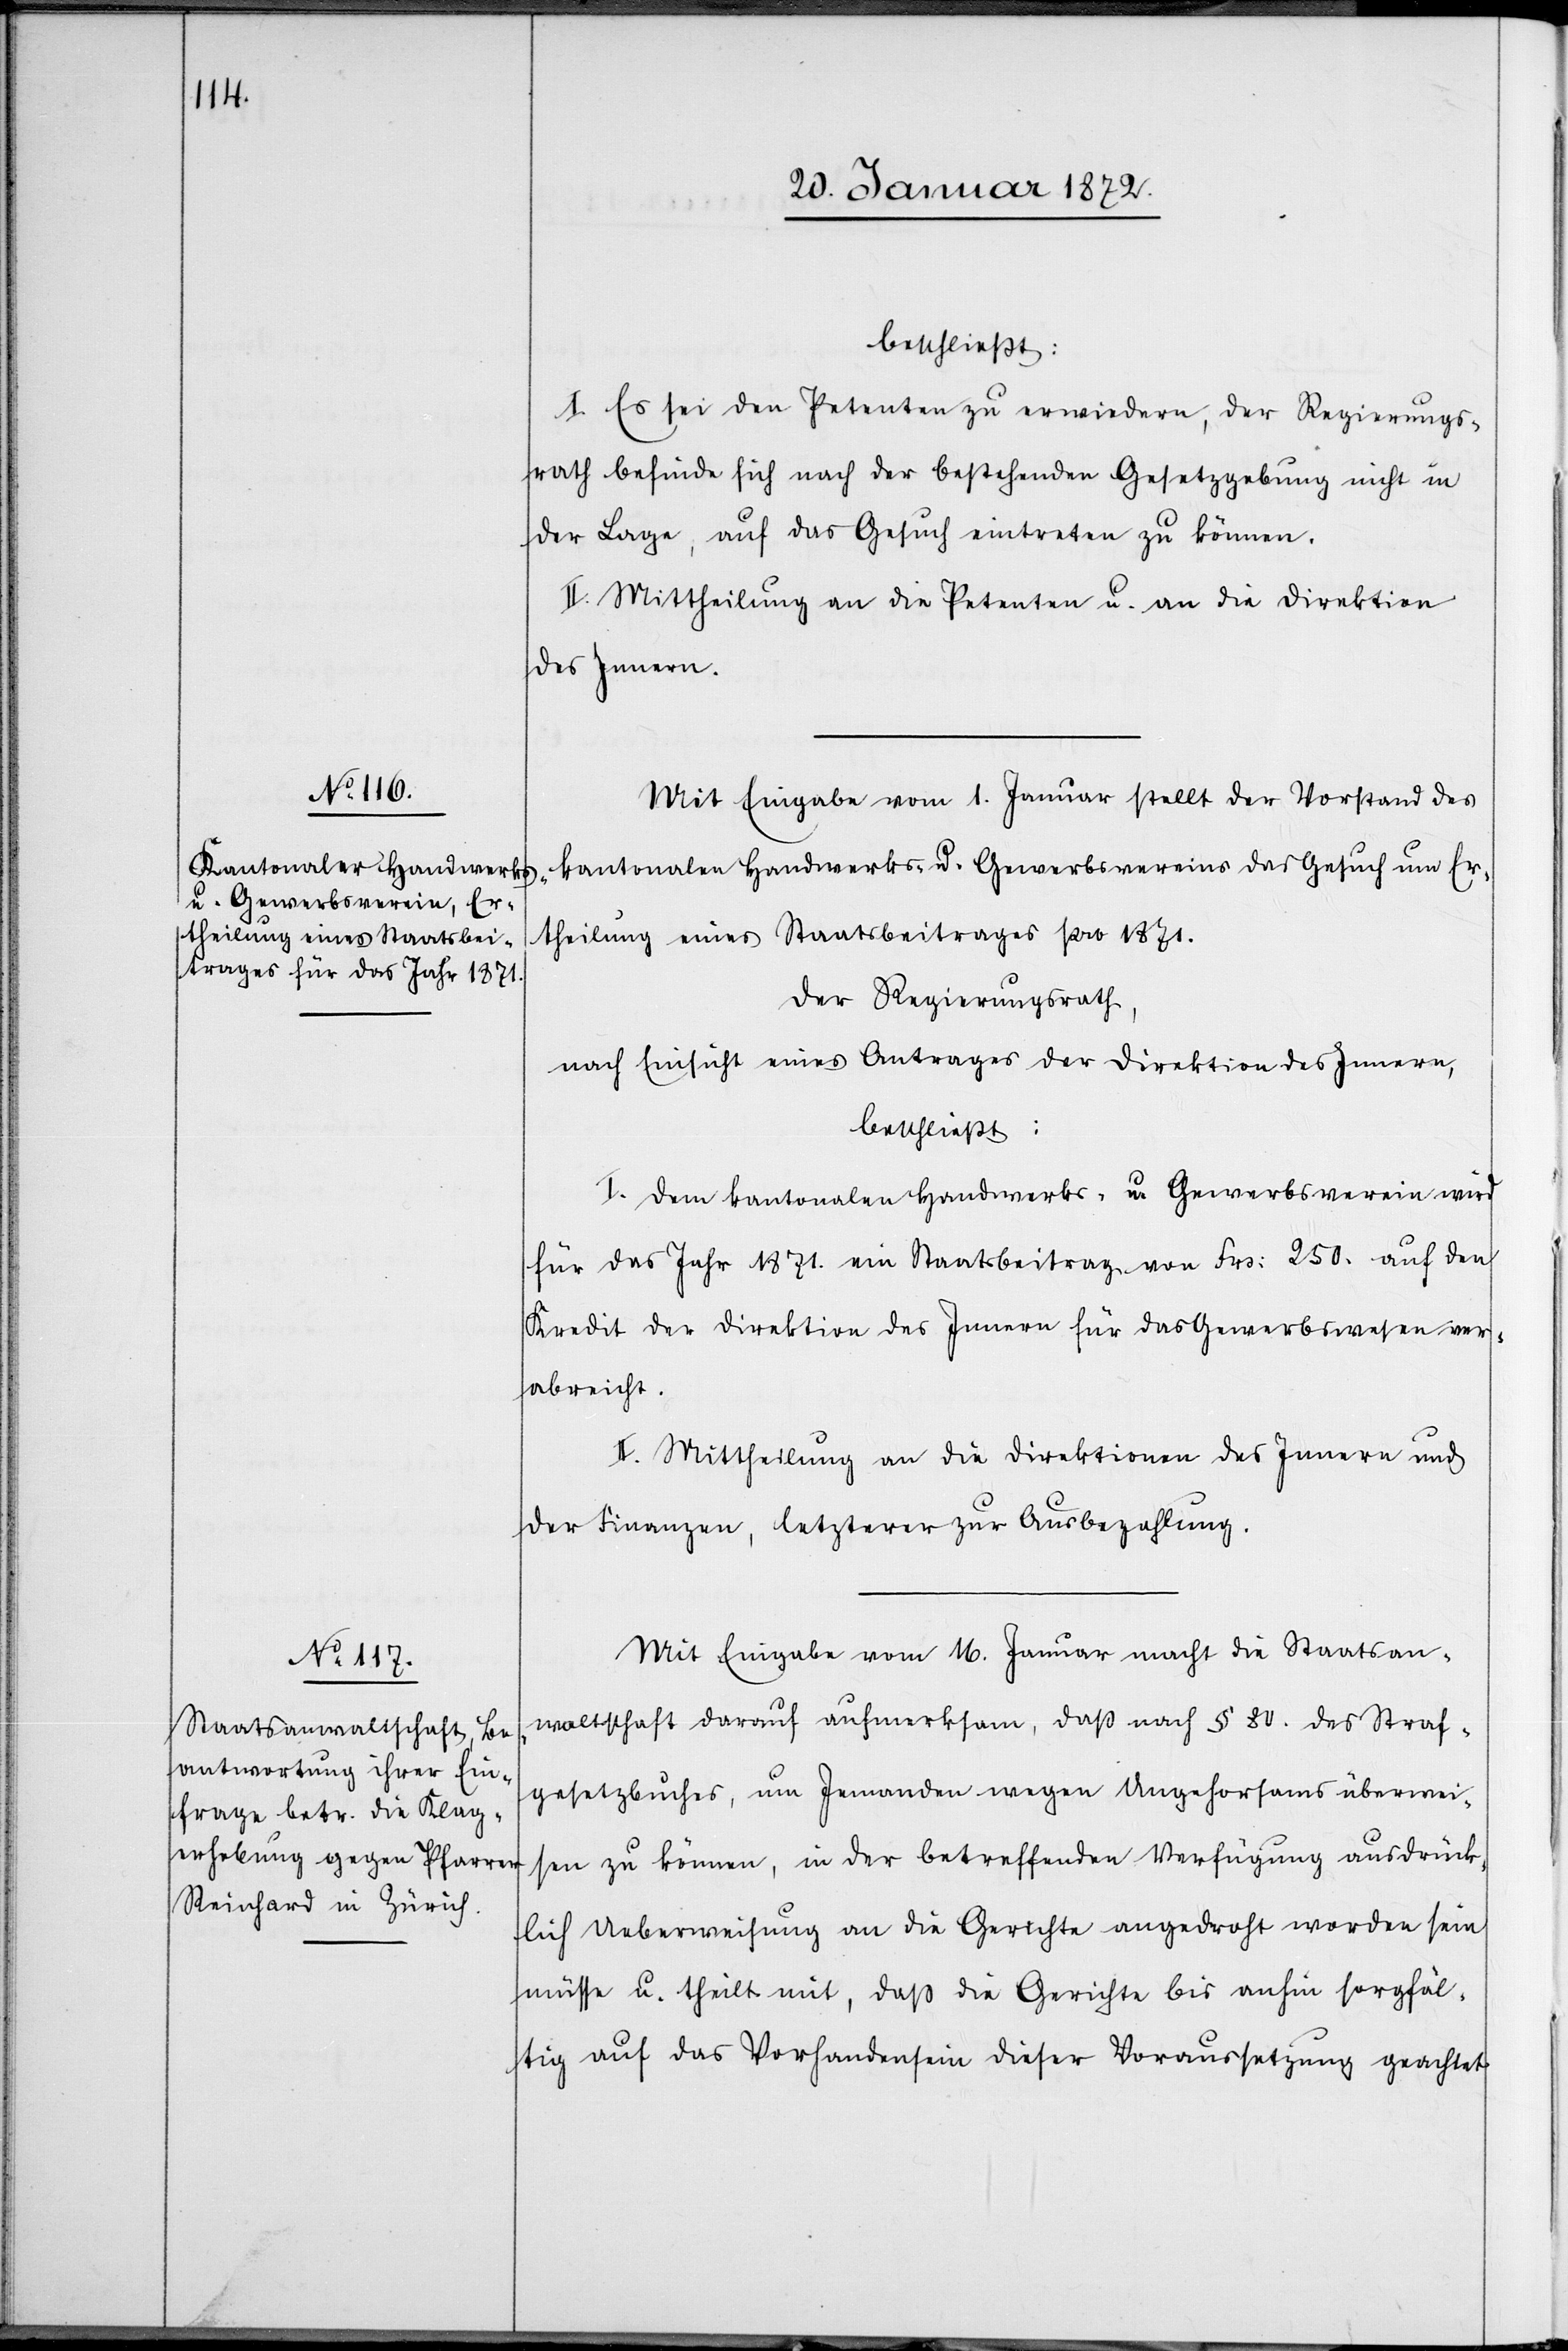
beschließt:
I. Es sei den Petenten zu erwiedern, der Regierungs¬
rath befinde sich nach der bestehenden Gesetzgebung nicht in
der Lage, auf das Gesuch eintreten zu können.
II. Mittheilung an die Petenten u. an die Direktion
des Innern.
Mit Eingabe vom 1. Januar stellt der Vorstand des
kantonalen Handwerks- u. Gewerbsvereins das Gesuch um Er¬
theilung eines Staatsbeitrages pro 1871.
Der Regierungsrath,
nach Einsicht eines Antrages der Direktion des Innern,
beschließt:
I. Dem kantonalen Handwerks- u. Gewerbsverein wird
für das Jahr 1871. ein Staatsbeitrag von Frs: 250. auf den
Kredit der Direktion des Innern für das Gewerbswesen ver¬
abreicht.
II. Mittheilung an die Direktionen des Innern und
der Finanzen, letzterer zur Ausbezahlung.
Mit Eingabe vom 16. Januar macht die Staatsan¬
waltschaft darauf aufmerksam, daß nach § 80. des Straf¬
gesetzbuches, um Jemanden wegen Ungehorsams überwei¬
sen zu können, in der betreffenden Verfügung ausdrück¬
lich Ueberweisung an die Gerichte angedroht worden sein
müsse u. theilt mit, daß die Gerichte bis anhin sorgfäl¬
tig auf das Vorhandensein dieser Voraussetzung geachtet